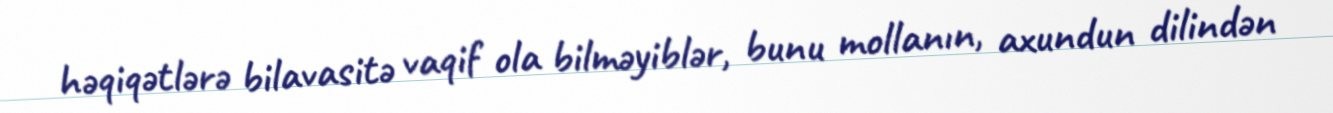
həqiqətlərə bilavasitə vaqif ola bilməyiblər, bunu mollanın, axundun dilindən